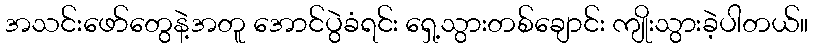
အသင်းဖော်တွေနဲ့အတူ အောင်ပွဲခံရင်း ရှေ့သွားတစ်ချောင်း ကျိုးသွားခဲ့ပါတယ်။